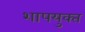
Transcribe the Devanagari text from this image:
शापयुक्‍त